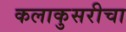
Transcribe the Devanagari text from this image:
कलाकुसरीचा